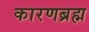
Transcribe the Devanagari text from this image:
कारणब्रह्म